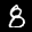
Label: 8